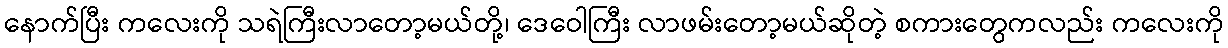
နောက်ပြီး ကလေးကို သရဲကြီးလာတော့မယ်တို့၊ ဒေဝေါကြီး လာဖမ်းတော့မယ်ဆိုတဲ့ စကားတွေကလည်း ကလေးကို